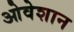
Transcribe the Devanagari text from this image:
ओवेशान